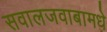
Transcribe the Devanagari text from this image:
सवालजवाबामधे